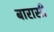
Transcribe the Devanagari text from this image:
बारासी